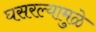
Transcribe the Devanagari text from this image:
घसरल्यामुळे